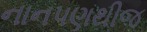
નાનપણથીજ